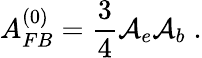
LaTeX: A_{FB}^{(0)}=\frac 34\mathcal{A}_{e}\mathcal{A}_{b}\; .